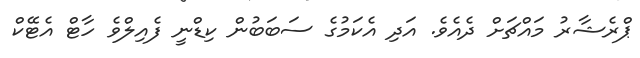
ޕްރެޝާރު މައްޗަށް ދެއެވެ. އަދި އެކަމުގެ ސަބަބުން ކިޑްނީ ފެއިލްވެ ހާޓް އެޓޭކް